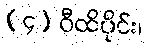
(၄) ဝီထိပိုင်း၊